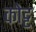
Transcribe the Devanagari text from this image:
कोट्ट